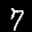
Label: 7